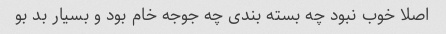
اصلا خوب نبود چه بسته بندی چه جوجه خام بود و بسیار بد بو